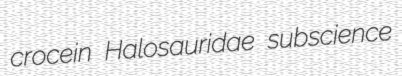
crocein Halosauridae subscience